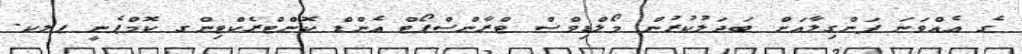
ގެ އެއްވަނަ ފަންގިލާއަށް ބަދަލުކުރުން މޯލްޑިވްސް ޓްރާންސްޕޯޓް އެންޑް ކޮންޓްރެކްޓިންގ ކޮމްޕެނީ ޕލކ.